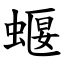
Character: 蝘